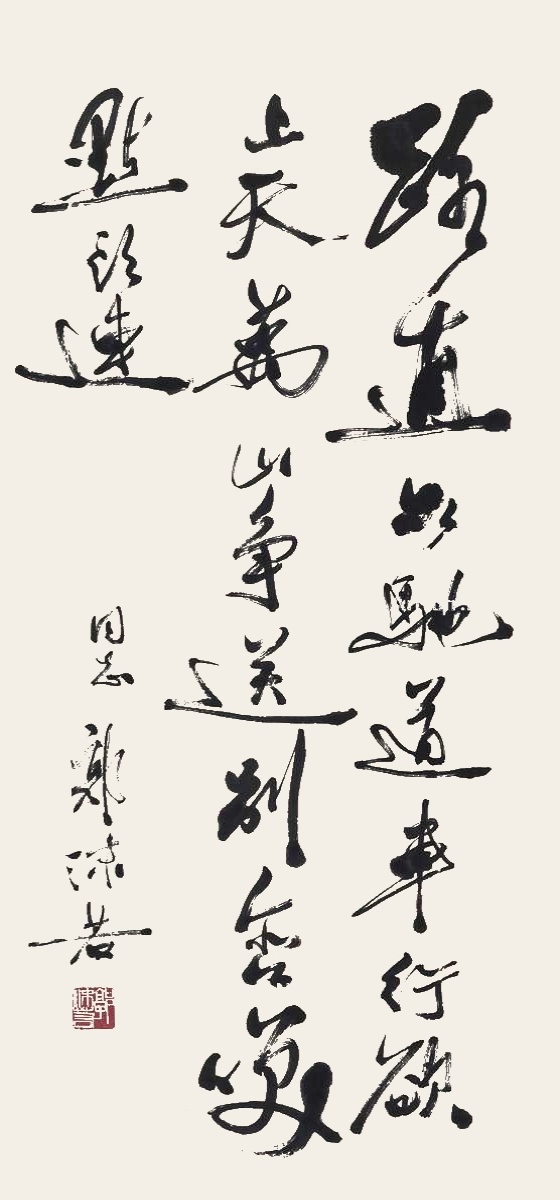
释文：路直如驰道，车行欲上天。万山争送别，含笑点头连。□同志，郭沫若。